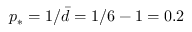
p _ { * } = { 1 } / { \bar { d } } = { 1 } / { 6 - 1 } = 0 . 2